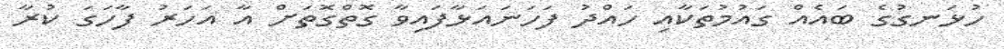
ހުޅަނގުގެ ބައެއް ގައުމުތަކާއި ހައްދު ފަހަނައަޅާފައިވާ ގޮތްގޮތަށް އާ އަހަރު ފާހަގަ ކުރާ